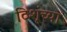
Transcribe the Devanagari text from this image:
टिशूंच्या